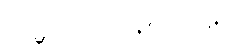
ကမ္ဘာအေးဘုရားလမ်း